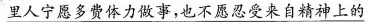
\underline{里人宁愿多费体力做事，也不愿忍受来自精神上的}